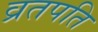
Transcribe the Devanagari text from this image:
व्रतपति